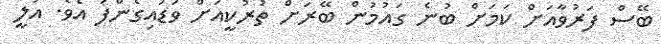
ބޭސް ފަރުވާއަށް ކަމަށް ބުނެ ގައުމުން ބޭރަށް ތުރުކީއަށް ވަޑައިގެންފަ އެވެ. އަލީ